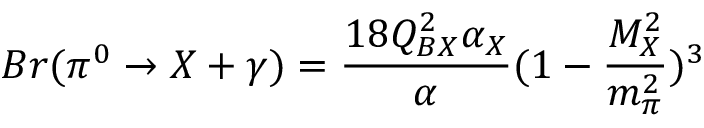
B r ( \pi ^ { 0 } \rightarrow X + \gamma ) = \frac { 1 8 Q _ { B X } ^ { 2 } \alpha _ { X } } { \alpha } ( 1 - \frac { M _ { X } ^ { 2 } } { m _ { \pi } ^ { 2 } } ) ^ { 3 }